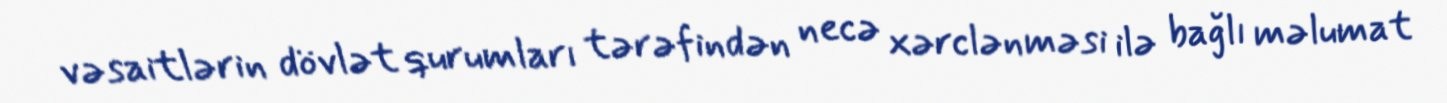
vəsaitlərin dövlət qurumları tərəfindən necə xərclənməsi ilə bağlı məlumat